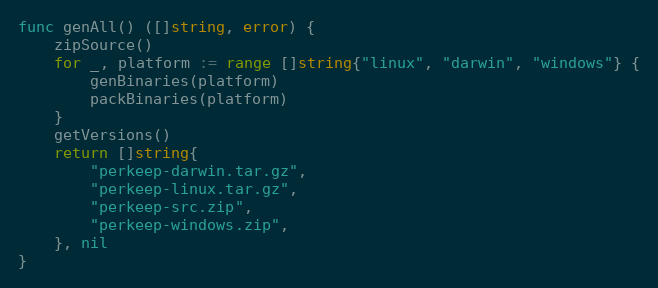
Language: Go
func genAll() ([]string, error) {
	zipSource()
	for _, platform := range []string{"linux", "darwin", "windows"} {
		genBinaries(platform)
		packBinaries(platform)
	}
	getVersions()
	return []string{
		"perkeep-darwin.tar.gz",
		"perkeep-linux.tar.gz",
		"perkeep-src.zip",
		"perkeep-windows.zip",
	}, nil
}